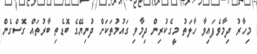
މިހާރު ދިމާވެފައިވާ ހާލަތު މީގެކުރިން ދިމާވި ގައުމުތަކަށް ދުނިޔޭގެ ބޮޑެތި ބާރުތައް ގޮސްގެން